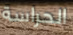
الحراسة